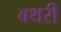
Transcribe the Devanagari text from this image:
बथरी